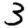
Digit: 3